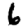
Digit: 6